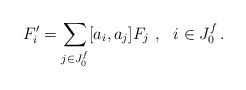
\begin{align*}F_i'=\sum_{j\in J_0^f}[a_i,a_j]F_j\,\,,\,\,\,\,i\in J_0^f\,.\end{align*}